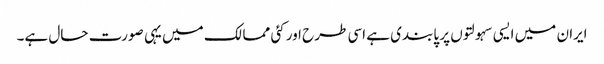
ایران میں ایسی سہولتوں پر پابندی ہے اسی طرح اور کئی ممالک میں یہی صورت حال ہے۔